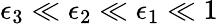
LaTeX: \epsilon_{3}\ll\epsilon_{2}\ll\epsilon_{1}\ll 1